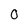
Character: 0